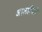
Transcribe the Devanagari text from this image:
आलापितो